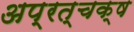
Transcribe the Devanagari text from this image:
अप्रत्चक्ष